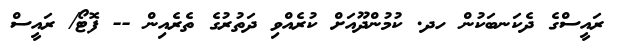
ރައީސްގެ ދެކަނބަކުން ހދ. ކުމުންދޫއަށް ކުރެއްވި ދަތުރުގެ ތެރެއިން -- ފޮޓޯ/ ރައީސް